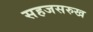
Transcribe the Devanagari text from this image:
सहजसरुख